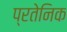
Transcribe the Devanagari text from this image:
प्रतेनिक